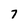
Character: 7